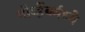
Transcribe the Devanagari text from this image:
नोव्हेंबर्मध्ये